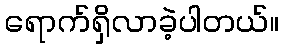
ရောက်ရှိလာခဲ့ပါတယ်။